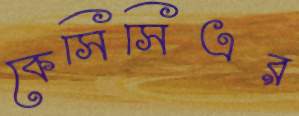
কেসিসিএর